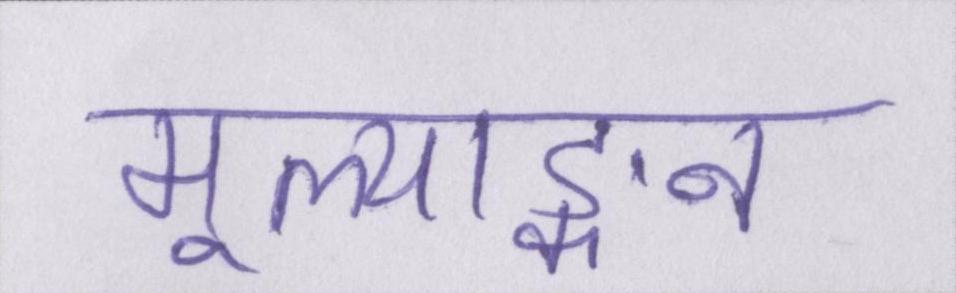
मूल्याङ्कन